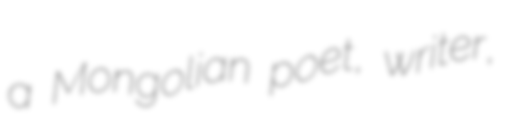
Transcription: a Mongolian poet, writer,